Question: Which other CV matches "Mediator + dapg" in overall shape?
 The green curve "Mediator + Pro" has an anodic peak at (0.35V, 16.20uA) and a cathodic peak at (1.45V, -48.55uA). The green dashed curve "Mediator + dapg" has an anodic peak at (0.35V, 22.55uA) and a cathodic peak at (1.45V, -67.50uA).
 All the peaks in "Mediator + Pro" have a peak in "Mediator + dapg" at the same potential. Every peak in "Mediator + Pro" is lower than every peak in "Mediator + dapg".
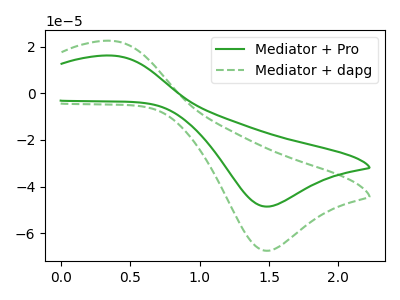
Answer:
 <answer>The CV with the most similar shape to "Mediator + Pro" is "Mediator + dapg".</answer>
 <eval>"Mediator + dapg"</eval>